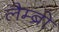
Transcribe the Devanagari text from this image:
लैम्ब्रो